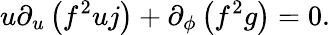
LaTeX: u\partial_{u}\left(f^{2}uj\right)+\partial_{\phi}\left(f^{2}g\right)=0.